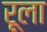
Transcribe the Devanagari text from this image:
रूला